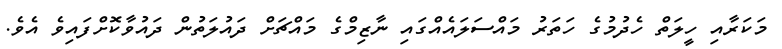
މަކަރާއި ހީލަތް ހެދުމުގެ ހަތަރު މައްސަލައެއްގައި ނާޒިމްގެ މައްޗަށް ދައުލަތުން ދައުވާކޮށްފައިވެ އެވެ.